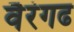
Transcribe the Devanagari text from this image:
वैरंगढ